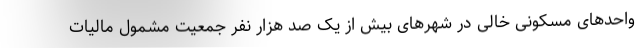
واحدهای مسکونی خالی در شهرهای بیش از یک صد هزار نفر جمعیت مشمول مالیات